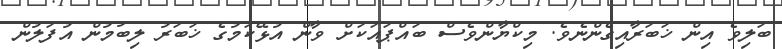
ބަލިވެ އިން ޚަބަރާއިގެންނެވެ. މިކްޔާންވެސް ބައްޕައަކަށް ވާން އުޅޭކަމުގެ ޚަބަރު ލިބުމުން އުފަލުން